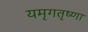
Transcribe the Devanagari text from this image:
यमृगतृष्णा